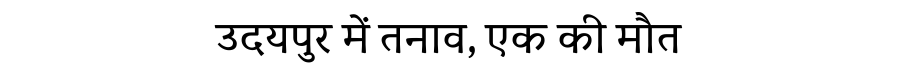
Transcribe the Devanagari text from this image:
उदयपुर में तनाव, एक की मौत